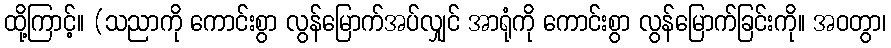
ထို့ကြာင့်။ (သညာကို ကောင်းစွာ လွန်မြောက်အပ်လျှင် အာရုံကို ကောင်းစွာ လွန်မြောက်ခြင်းကို။ အဝတွာ၊